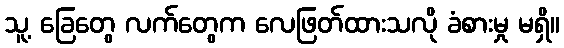
သူ့ ခြေတွေ လက်တွေက လေဖြတ်ထားသလို ခံစားမှု မရှိ။